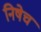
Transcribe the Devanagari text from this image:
निषेच